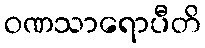
ဝဏသာရောပီတိ